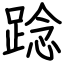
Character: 踗